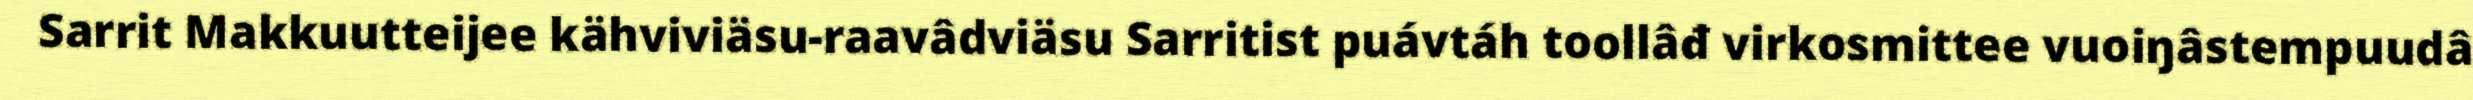
Sarrit Makkuutteijee kähviviäsu-raavâdviäsu Sarritist puávtáh toollâđ virkosmittee vuoiŋâstempuudâ